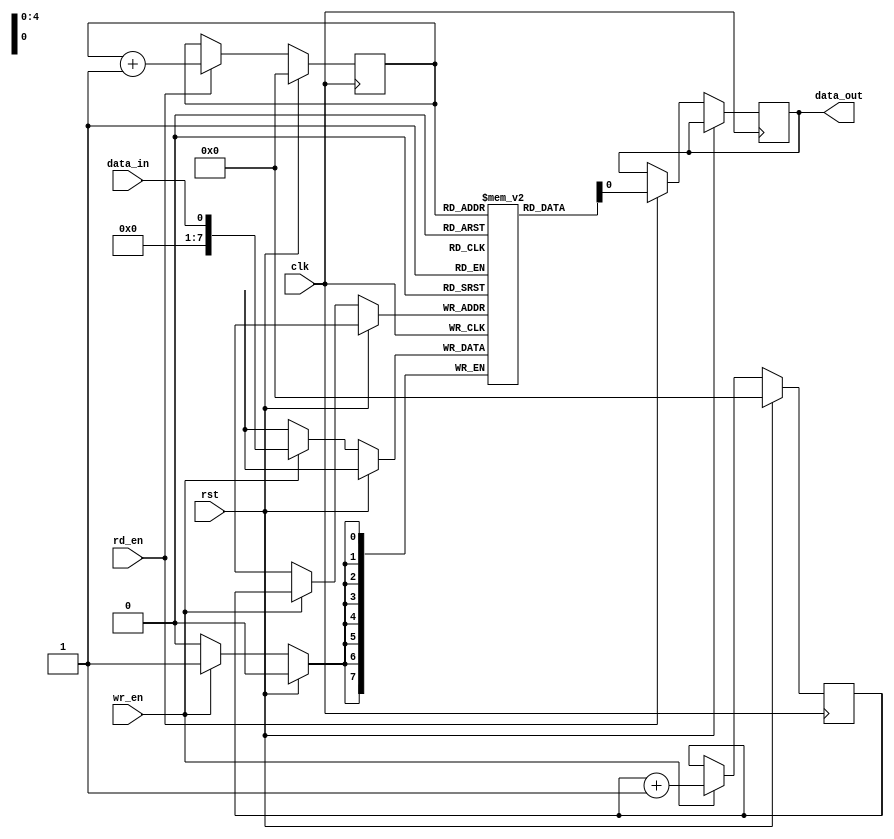
module fifo_timing_control_sync (
    input wire clk,
    input wire rst,
    input wire wr_en,
    input wire rd_en,
    input wire data_in,
    output reg data_out
);

reg [7:0] fifo_buffer [0:31]; // Assuming a 32-word FIFO buffer

reg [4:0] wr_ptr;
reg [4:0] rd_ptr;

always @(posedge clk) begin
    if (rst) begin
        wr_ptr <= 0;
        rd_ptr <= 0;
    end else begin
        if (wr_en) begin
            fifo_buffer[wr_ptr] <= data_in;
            wr_ptr <= wr_ptr + 1;
        end
        if (rd_en) begin
            data_out <= fifo_buffer[rd_ptr];
            rd_ptr <= rd_ptr + 1;
        end
    end
end

endmodule